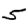
Digit: 5